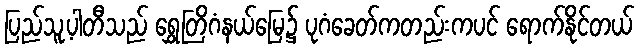
ပြည်သူ့ပါတီသည် ရွှေတြိဂံနယ်မြေ၌ ပုဂံခေတ်ကတည်းကပင် ရောက်နိုင်တယ်